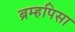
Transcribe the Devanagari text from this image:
ब्रम्हपिसा